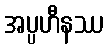
အပ္ပဟီနဿ